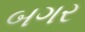
બગર